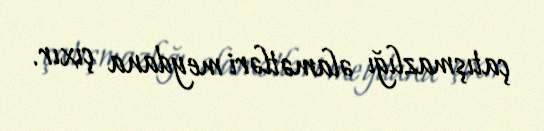
çatışmazlığı əlamətləri meydana çıxır.